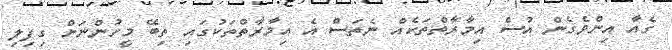
ގެއާ އިންވެގެން އުސް އިމާރާތްތަކެއް ނެތަސް އެ އިމާރާތްތަކުގައި ތިބޭ މީހުންނަށް ގިފިލި